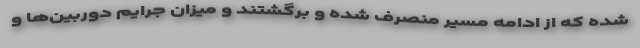
شده که از ادامه مسیر منصرف شده و برگشتند و میزان جرایم دوربین‌ها و